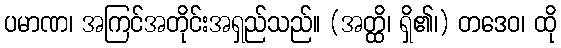
ပမာဏ၊ အကြင်အတိုင်းအရှည်သည်။ (အတ္ထိ၊ ရှိ၏၊) တဒေဝ၊ ထို